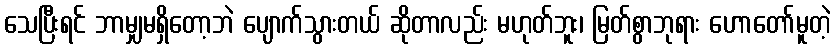
သေပြီးရင် ဘာမျှမရှိတော့ဘဲ ပျောက်သွားတယ် ဆိုတာလည်း မဟုတ်ဘူး၊ မြတ်စွာဘုရား ဟောတော်မူတဲ့